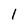
Character: 1